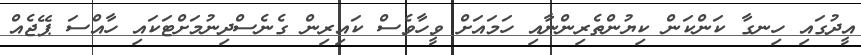
އީދުގައި ހިނގާ ކަންކަން ކިޔުންތެރިންނާއި ހަމައަށް ވީހާވެސް ކައިރިން ގެނެސްދިނުމަށްޓަކައި ހާއްސަ ޕޭޖެއް